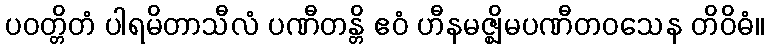
ပဝတ္တိတံ ပါရမိတာသီလံ ပဏီတန္တိ ဧဝံ ဟီနမဇ္ဈိမပဏီတဝသေန တိဝိဓံ။